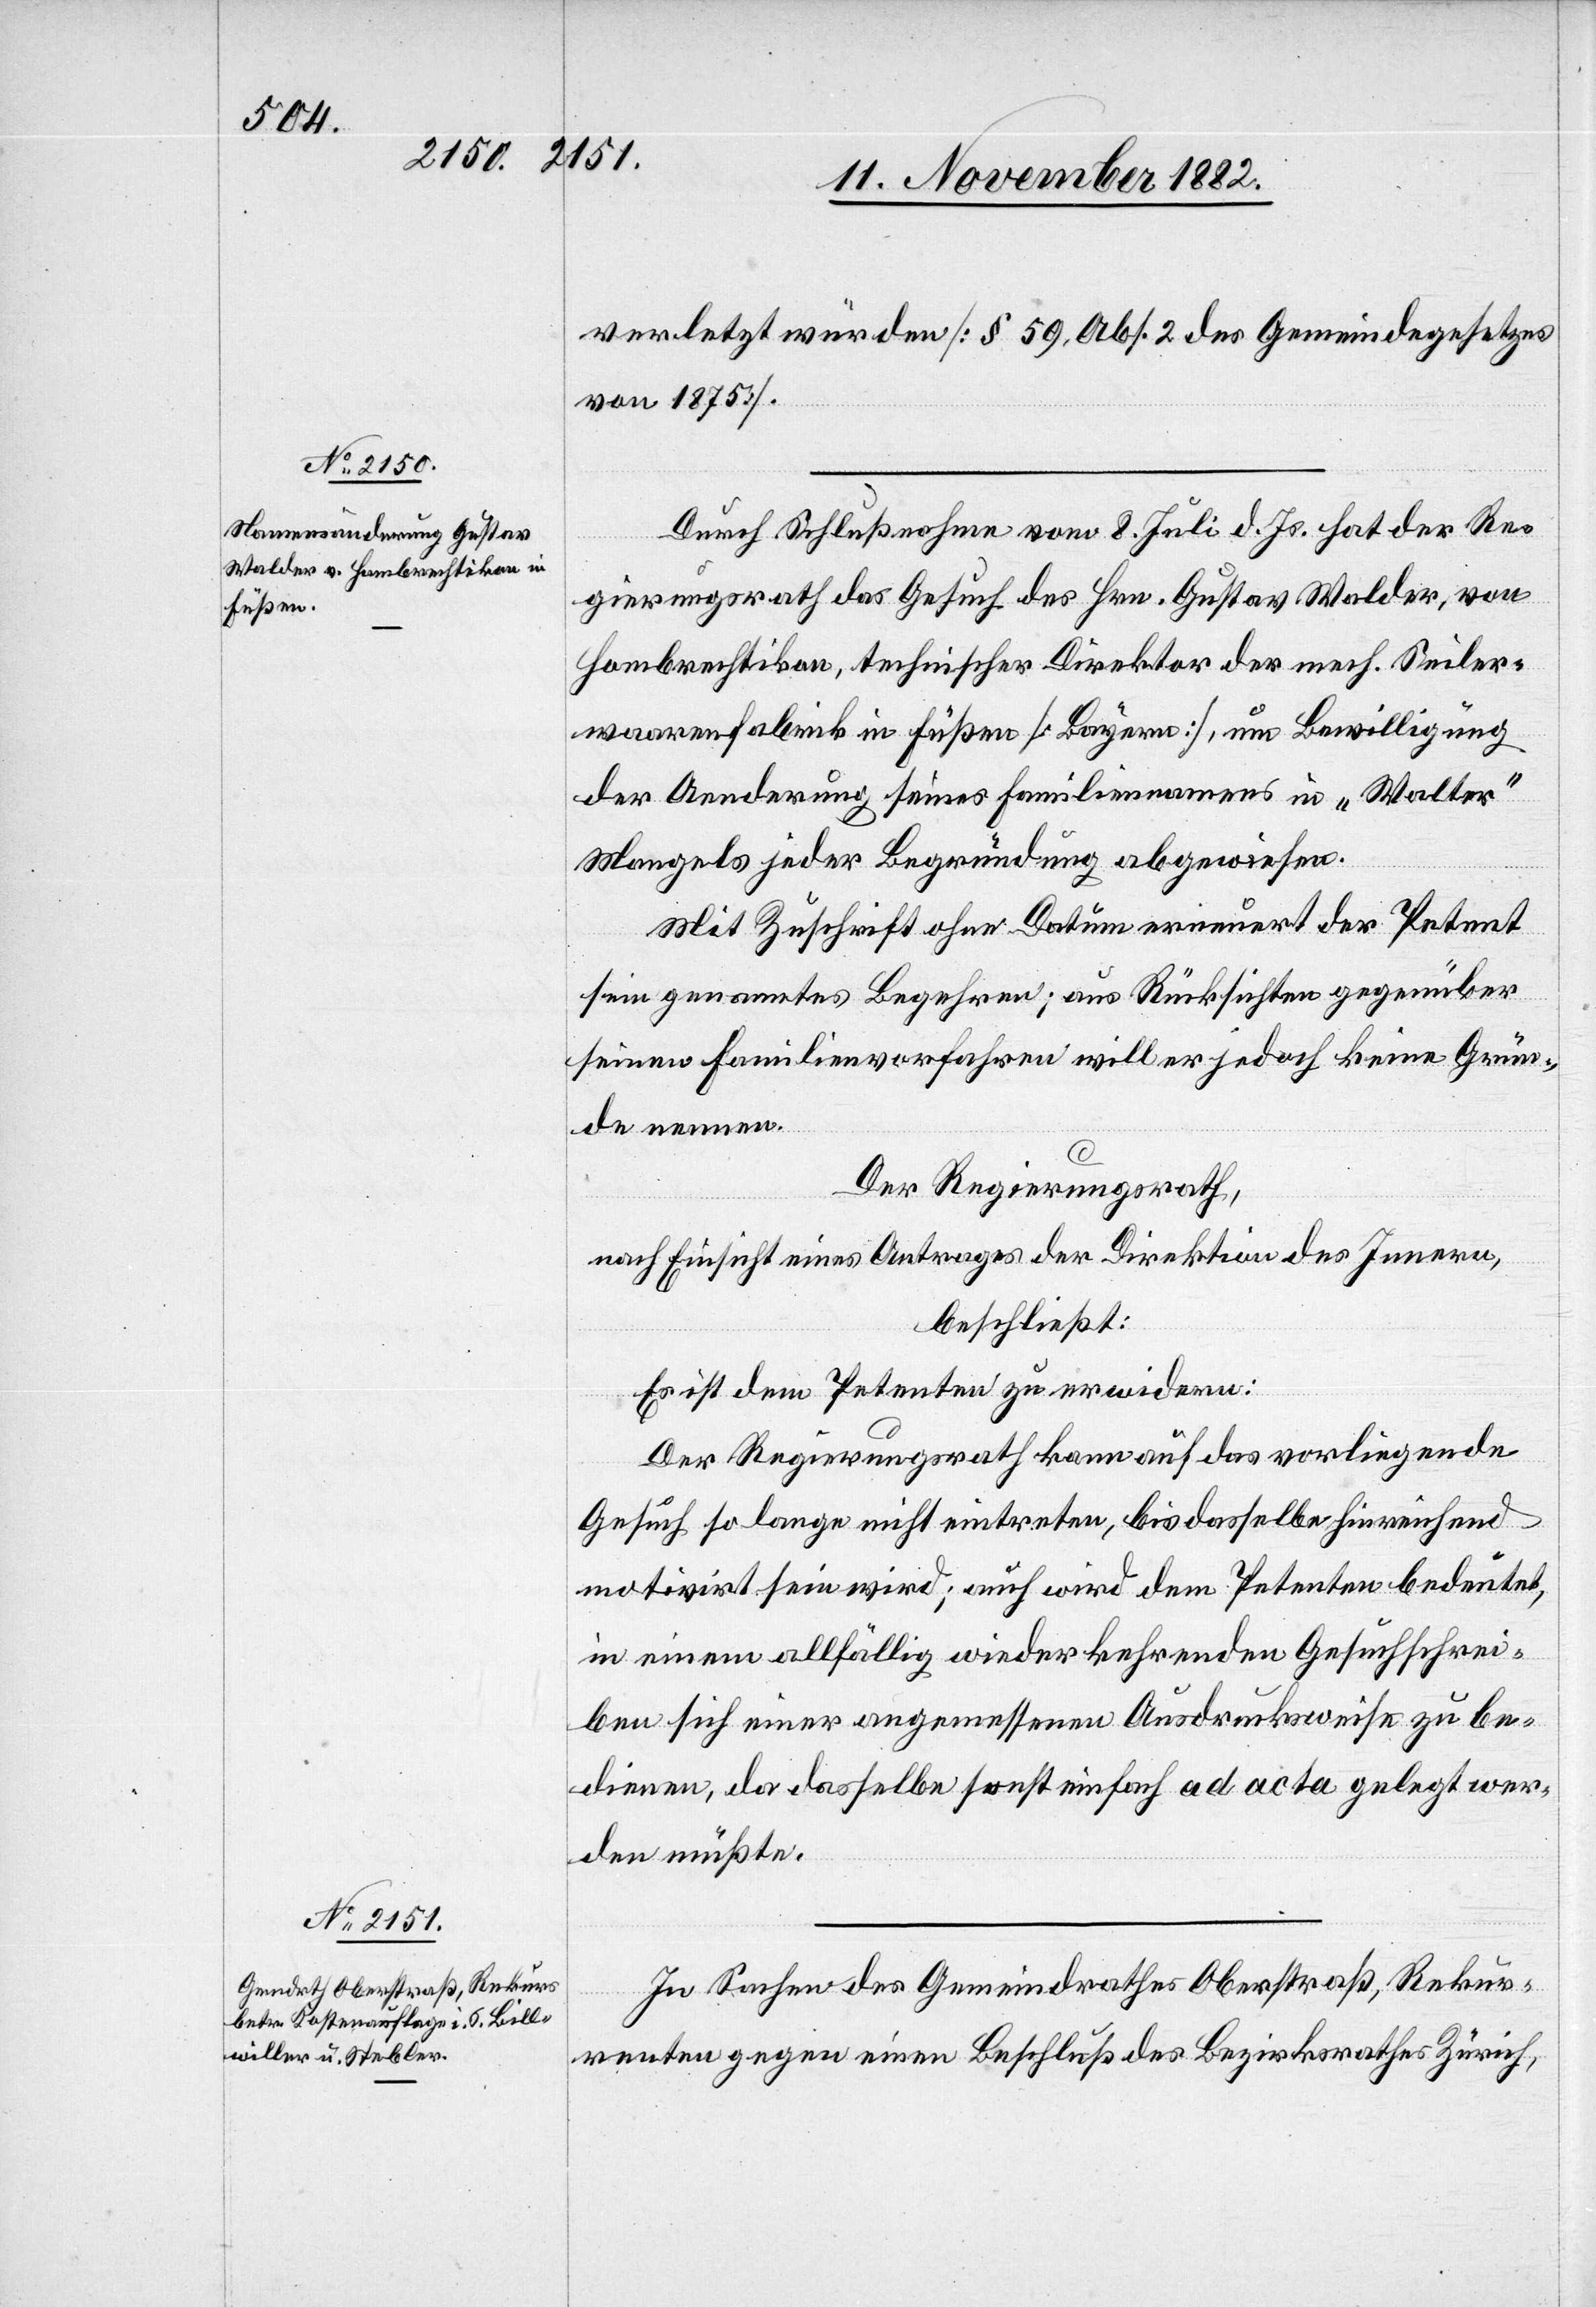
verletzt würden [§ 59, Abs. 2 des Gemeindegesetzes
von 1875].
Durch Schlußnahme vom 8. Juli d. Js. hat der Re¬
gierungsrath das Gesuch des Hrn. Gustav Walder, von
Hombrechtikon, technischer Direktor der mech. Seiler¬
waarenfabrik in Füßen [Bayern], um Bewilligung
der Aenderung seines Familiennamens in „Walter“
Mangels jeder Begründung abgewiesen.
Mit Zuschrift ohne Datum erneuert der Petent
sein genanntes Begehren; aus Rücksichten gegenüber
seinen Familienvorfahren will er jedoch keine Grün¬
de nennen.
Der Regierungsrath,
nach Einsicht eines Antrages der Direktion des Innern,
beschließt:
Es ist dem Petenten zu erwiedern:
Der Regierungsrath kann auf das vorliegende
Gesuch so lange nicht eintreten, bis dasselbe hinreichend
motivirt sein wird; auch wird dem Petenten bedeutet,
in einem allfällig wiederkehrenden Gesuchschrei¬
ben sich einer angemessenen Ausdrucksweise zu be¬
dienen, da dasselbe sonst einfach ad acta gelegt wer¬
den müßte.
In Sachen des Gemeindrathes Oberstraß, Rekur¬
renten gegen einen Beschluß des Bezirksrathes Zürich,